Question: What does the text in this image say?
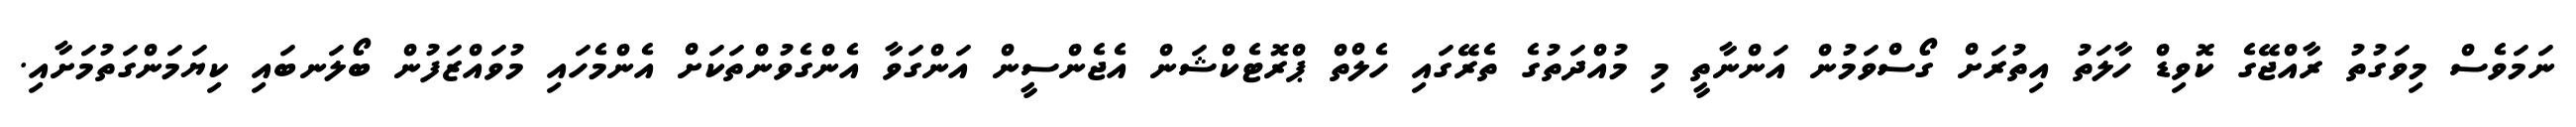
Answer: ނަމަވެސް މިވަގުތު ރާއްޖޭގެ ކޮވިޑް ހާލަތު އިތުރަށް ގޯސްވަމުން އަންނާތީ މި މުއްދަތުގެ ތެރޭގައި ހެލްތް ޕްރޮޓެކްޝަން އެޖެންސީން އަންގަވާ އެންގެވުންތަކަށް އެންމެހައި މުވައްޒަފުން ބޯލަނބައި ކިޔަމަންގަތުމަށާއި.